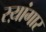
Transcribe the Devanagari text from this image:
स्य़ांगार